Annual administration report of the Civil Veterinary Department of India - 1894-1895
Year: 1894
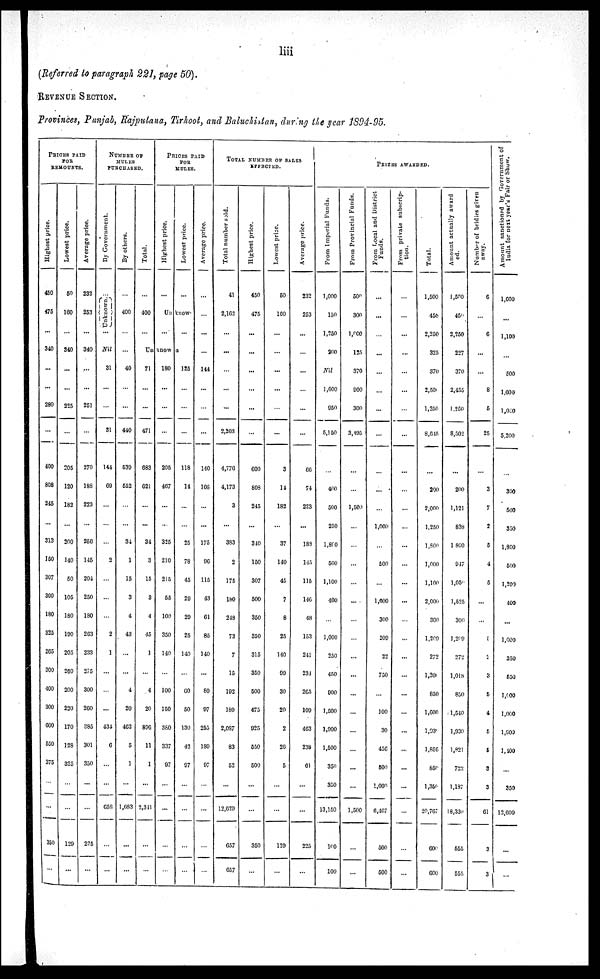
liii
(Referred to paragraph 221, page 50).
REVENUE SECTION..
Provinces, Punjab, Rajputana, Tirhoot, and Baluchistan, during the year 1894-95.
PRICES PAID
FOR
REMOUNTS.
Highest price.
450
475
...
340
...
...
280
…
400
808
245
…
313
150
307
300
180
325
265
300
400
300
600
550
375
…
…
350
…
Lowest price.
50
160
...
340
...
...
225
…
205
120
182
…
200
140
50
105
180
190
205
260
200
220
170
128
325
…
…
129
...
Average price.
232
253
…
340
...
...
251
…
270
188
223
…
256
115
204
250
180
263
233
275
300
260
385
301
350
…
…
225
...
NUMBER OF
MULES
PURCHASED.
By Government.
…
Unknown.
…
Nil
31
…
…
31
144
69
…
…
…
2
…
…
…
2
1
…
…
…
434
6
…
…
658
…
...
By others.
…
400
…
…
40
…
…
440
539
552
…
…
34
1
15
3
4
43
…
…
4
20
462
5
1
…
1,683
…
…
Total.
…
400
…
PRICES PAID
FOR
MULES.
Highest price.
…
Lowest price.
…
Unknown
...
UnKnown
71
…
…
471
683
621
…
…
34
3
15
3
4
45
1
…
4
20
806
11
1
…
2,311
…
…
180
...
…
…
205
467
…
…
325
210
215
55
100
350
140
…
100
150
380
337
97
…
…
…
…
…
125
…
…
…
118
14
…
…
25
78
45
29
29
25
140
…
60
50
130
42
97
…
…
…
…
Average price.
…
...
…
144
...
…
…
140
108
…
...
175
96
115
43
61
85
140
…
80
97
255
189
97
…
…
…
…
TOTAL NUMBER OF SALES
EFFECTED.
Total number sold.
41
2,162
…
...
…
…
…
2,203
4,776
4,173
3
…
383
2
175
180
248
73
7
15
192
180
2,087
83
52
…
12,629
657
657
Highest price.
450
475
...
...
...
…
...
...
600
808
245
...
340
150
307
500
350
350
315
350
500
475
925
550
500
…
…
350
…
Lowest price.
50
160
…
…
…
…
…
...
3
14
182
…
37
140
45
7
8
25
140
99
30
20
2
26
5
…
…
129
…
Average price.
232
253
…
…
…
…
…
...
66
74
223
...
189
145
115
146
48
153
241
234
265
109
463
238
61
…
…
225
…
PRIZES
AWARDED.
From Imperial Funds.
1,000
150
1,250
200
Nil
1,600
950
5,150
…
400
500
250
1,800
500
1,100
400
…
1,000
250
450
900
1,500
1,900
1,500
350
350
13,150
100
100
From Provincial Funds.
500
300
1,000
125
370
900
300
3,495
…
…
1,500
…
…
…
…
...
…
…
…
…
…
…
…
…
...
…
1,500
…
…
From Local and District
Funds.
…
…
…
…
…
…
…
…
…
…
…
1,000
…
500
…
1,600
300
209
22
750
…
100
30
456
500
1,000
6,467
500
500
From private subscrip-
tion.
…
…
...
…
…
...
…
…
…
…
…
…
…
…
…
...
…
…
…
...
…
…
...
...
…
…
…
…
…
Total.
1,500
456
2,250
325
370
2,500
1,250
8,645
…
200
2,000
1,250
1,800
1,000
1,100
2,000
300
l,209
272
l,20
850
1,600
1,930
1,856
850
1,360
20,767
600
600
Amount actually award
ed.
1,500
450
2,250
227
370
2,455
1.250
8,502
...
200
1,121
838
1,800
947
1,050
1,525
300
1,209
272
1,018
850
1,540
1,930
1,821
722
1,187
18,336
655
555
Number of bridles given
away.
6
…
6
…
...
8
5
25
…
3
7
2
5
4
5
…
...
1
2
3
5
4
5
5
3
3
61
3
3
Amount sanctioned by Government of
India
for next y e a r ' s Fai r or Show.
...
1,100
…
500
1.600
1.060
5,200
…
300
500
350
1,800
500
1,200
400
…
1,000
350
550
1,000
1,000
1,900
1,200
…
350
12,600
…
…